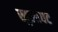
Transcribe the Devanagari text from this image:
खुलावट